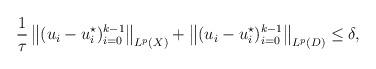
LaTeX: \begin{align*}\frac1\tau\, \big\|(u_i - u_i^\star)_{i=0}^{k-1}\big\|_{ L^p(X)}+\big\|( u_i - u_i^\star)_{i=0}^{k-1}\big\|_{ L^p(D)} \le \delta,\end{align*}